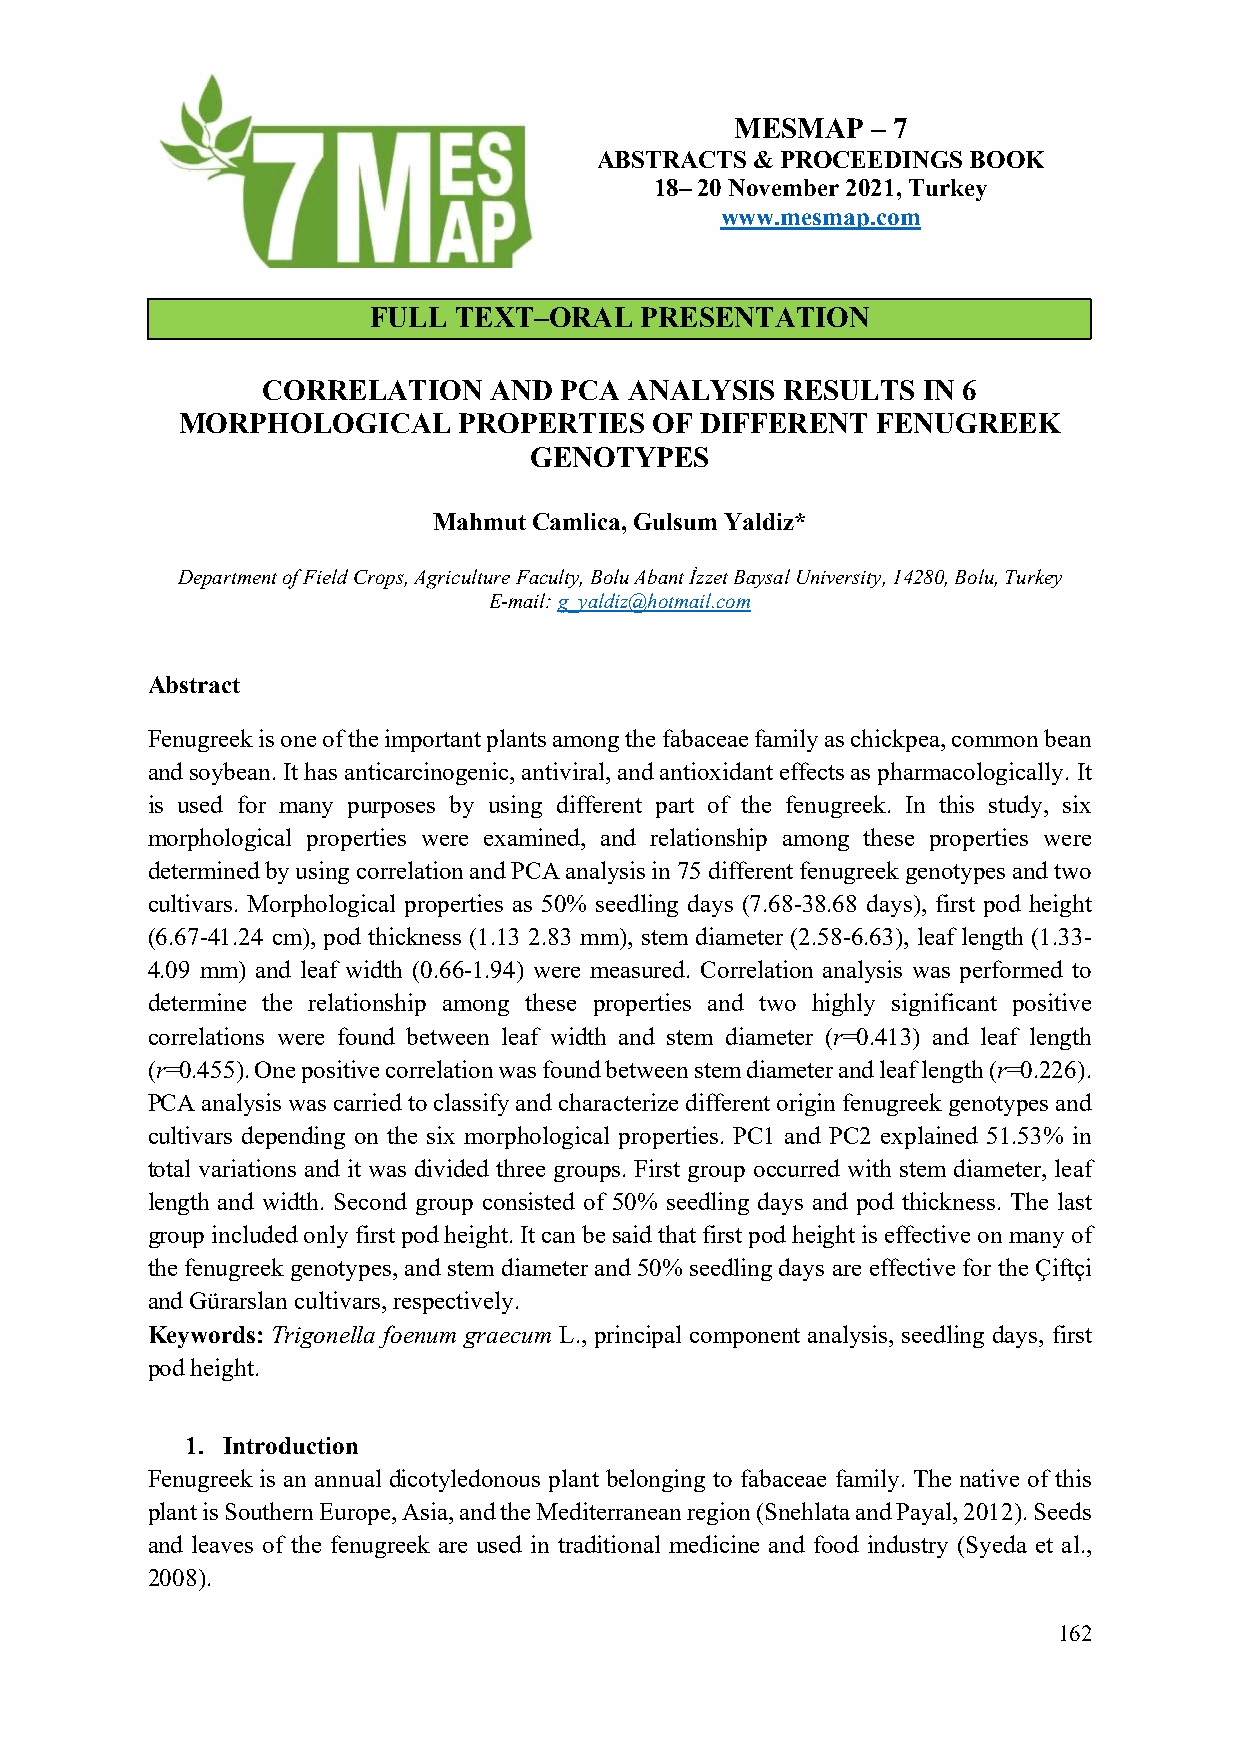
MESMAP   – 7
 ABSTRACTS  & PROCEEDINGS BOOK
 18– 20 November 2021, Turkey
 www.mesmap.com
 FULL  TEXT–ORAL   PRESENTATION
 CORRELATION    AND  PCA  ANALYSIS  RESULTS  IN 6
 MORPHOLOGICAL     PROPERTIES   OF DIFFERENT   FENUGREEK
 GENOTYPES
 Mahmut Camlica, Gulsum Yaldiz*
 Department of Field Crops, Agriculture Faculty, Bolu Abant İzzet Baysal University, 14280, Bolu, Turkey
 E-mail: g_yaldiz@hotmail.com
 Abstract
 Fenugreek is one of the important plants among the fabaceae family as chickpea, common bean
 and soybean. It has anticarcinogenic, antiviral, and antioxidant effects as pharmacologically. It
 is used for many purposes by using different part of the fenugreek. In this study, six
 morphological properties were examined, and relationship among these properties were
 determined by using correlation and PCA analysis in 75 different fenugreek genotypes and two
 cultivars. Morphological properties as 50% seedling days (7.68-38.68 days), first pod height
 (6.67-41.24 cm), pod thickness (1.13 2.83 mm), stem diameter (2.58-6.63), leaf length (1.33-
 4.09 mm) and leaf width (0.66-1.94) were measured. Correlation analysis was performed to
 determine the relationship among these properties and two highly significant positive
 correlations were found between leaf width and stem diameter (r=0.413) and leaf length
 (r=0.455). One positive correlation was found between stem diameter and leaf length (r=0.226).
 PCA analysis was carried to classify and characterize different origin fenugreek genotypes and
 cultivars depending on the six morphological properties. PC1 and PC2 explained 51.53% in
 total variations and it was divided three groups. First group occurred with stem diameter, leaf
 length and width. Second group consisted of 50% seedling days and pod thickness. The last
 group included only first pod height. It can be said that first pod height is effective on many of
 the fenugreek genotypes, and stem diameter and 50% seedling days are effective for the Çiftçi
 and Gürarslan cultivars, respectively.
 Keywords: Trigonella foenum graecum L., principal component analysis, seedling days, first
 pod height.
 1. Introduction
 Fenugreek is an annual dicotyledonous plant belonging to fabaceae family. The native of this
 plant is Southern Europe, Asia, and the Mediterranean region (Snehlata and Payal, 2012). Seeds
 and leaves of the fenugreek are used in traditional medicine and food industry (Syeda et al.,
 2008).
 162